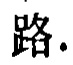
路.